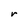
Character: r